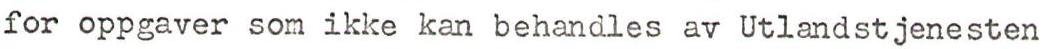
for oppgaver som ikke kan behandles av Utlandstjenesten